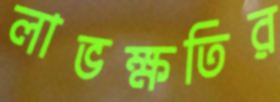
লাভক্ষতির